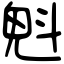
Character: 𣁽